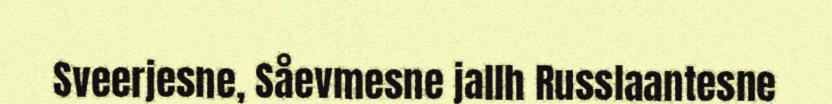
Sveerjesne, Såevmesne jallh Russlaantesne